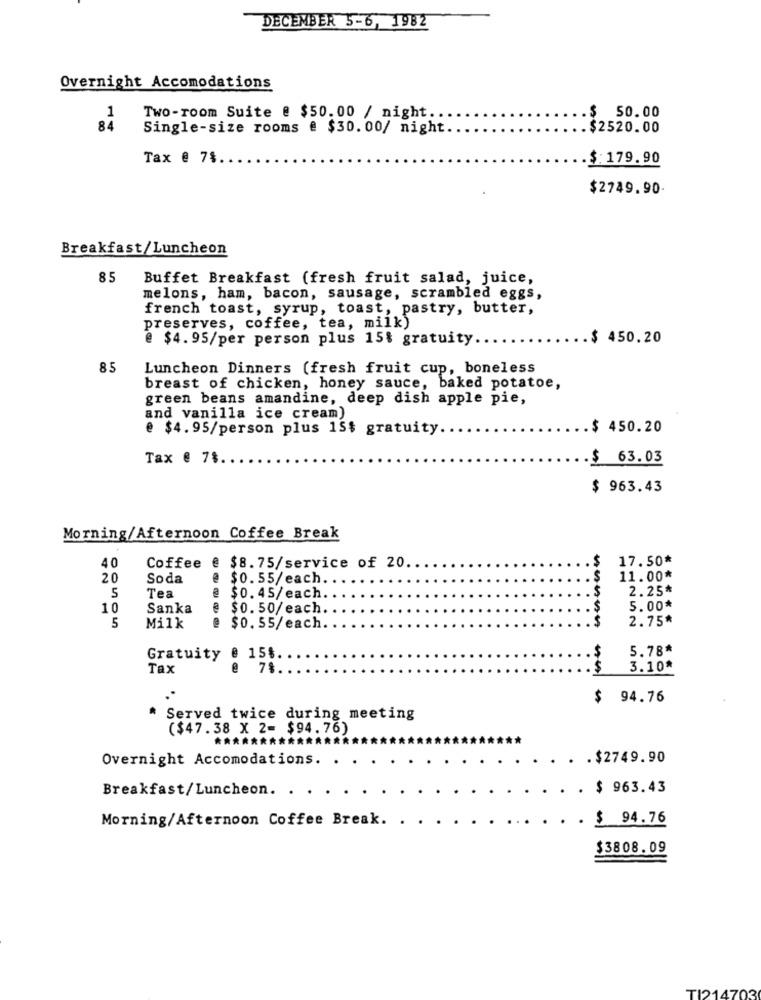
DECEMBER 5-6, 1982
Overnight Accomodations
1
Two-room Suite @ $50.00 / night ..
.$ 50.00
84
Single-size rooms @ $30.00/ night.
.$2520.00
Tax @ 7%.
$: 179.90
$2749.90.
Breakfast/Luncheon
85 Buffet Breakfast (fresh fruit salad, juice,
melons, ham, bacon, sausage, scrambled eggs,
french toast, syrup, toast, pastry, butter,
preserves, coffee, tea, milk)
@ $4. 95/per person plus 15% gratuity.
$ 450.20
85
Luncheon Dinners (fresh fruit cup, boneless
breast of chicken, honey sauce, baked potatoe,
green beans amandine, deep dish apple pie,
and vanilla ice cream)
@ $4. 95/person plus 15$ gratuity.
.$ 450.20
Tax @ 7$.
$ 63.03
$ 963.43
Morning/Afternoon Coffee Break
$
17.50*
40
Coffee
@ $8.75/service of 20.
20
Soda
@ $0. 55/each.
$
.
11.00*
$
2.25*
5
Tea
$0. 45/each.
10
Sanka
@ $0. 50/each.
.S
5.00*
$
2.75*
5
Milk
@ $0. 55/each.
$
5.78*
Gratuity
@ 15%
Tax
7%
$
3.10*
$
94.76
* Served twice during meeting
($47.38 X 2= $94.76)
******
Overnight Accomodations. .
.$2749.90
. $ 963.43
Breakfast/Luncheon. . .
Morning/Afternoon Coffee Break.
$ 94.76
$3808.09
T1214703